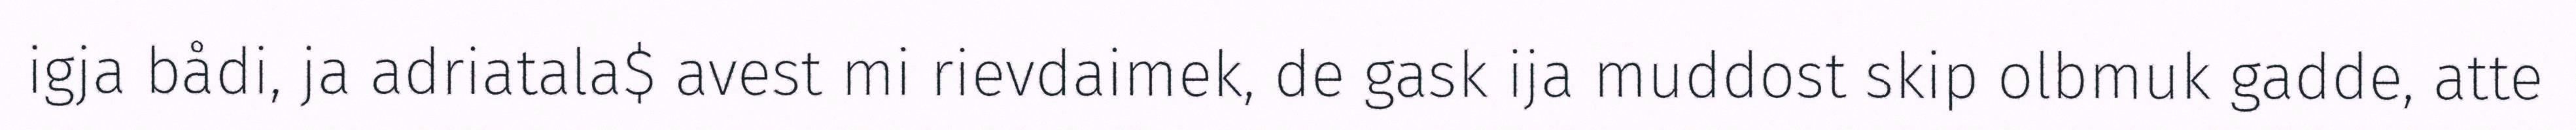
igja bådi, ja adriatala$ avest mi rievdaimek, de gask ija muddost skip olbmuk gadde, atte